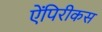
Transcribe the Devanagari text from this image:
ऐंपिरीकस